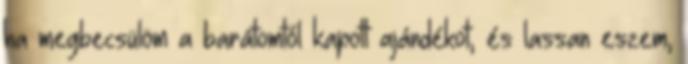
ha megbecsülöm a barátomtól kapott ajándékot, és lassan eszem,